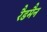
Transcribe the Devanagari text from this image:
रैडमैन